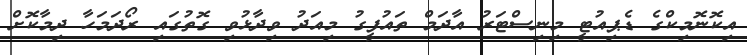
އިކޮނޮމިކްގެ ޑެޕިއުޓީ މިނިސްޓަރު އާދަމް ތައުފީގު މިއަދު ވިދާޅުވި ގޮތުގައި ރޯދަމަހާ ދިމާކޮށް